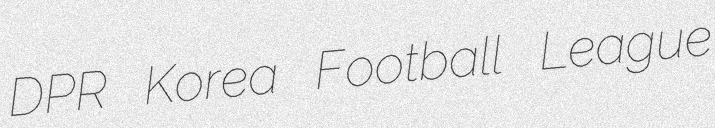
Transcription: DPR Korea Football League